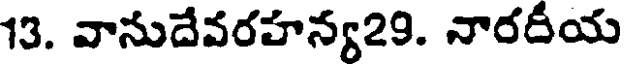
13. వానుదేవరహన్య29. నారదీయ